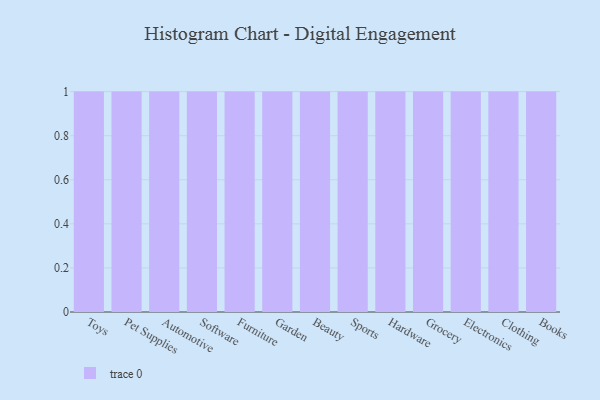
{"axis": {"x": "Category", "y": "Energy Usage (MWh)"}, "legend": [""], "data": [{"x": "Toys", "y": 87, "type": ""}, {"x": "Pet Supplies", "y": 40, "type": ""}, {"x": "Automotive", "y": 50, "type": ""}, {"x": "Software", "y": 70, "type": ""}, {"x": "Furniture", "y": 4, "type": ""}, {"x": "Garden", "y": 56, "type": ""}, {"x": "Beauty", "y": 67, "type": ""}, {"x": "Sports", "y": 75, "type": ""}, {"x": "Hardware", "y": 22, "type": ""}, {"x": "Grocery", "y": 41, "type": ""}, {"x": "Electronics", "y": 31, "type": ""}, {"x": "Clothing", "y": 66, "type": ""}, {"x": "Books", "y": 29, "type": ""}]}